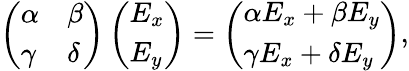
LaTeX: \left(\begin{array}{ll}{{\alpha}}&{{\beta}}\\ {{\gamma}}&{{\delta}}\end{array}\right)\left(\begin{array}{l}{{E_{x}}}\\ {{E_{y}}}\end{array}\right)=\left(\begin{array}{l}{{\alpha E_{x}+\beta E_{y}}}\\ {{\gamma E_{x}+\delta E_{y}}}\end{array}\right),